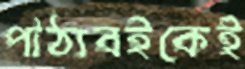
পাঠ্যবইকেই